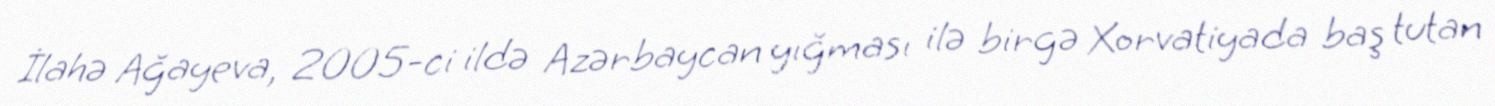
İlahə Ağayeva, 2005-ci ildə Azərbaycan yığması ilə birgə Xorvatiyada baş tutan